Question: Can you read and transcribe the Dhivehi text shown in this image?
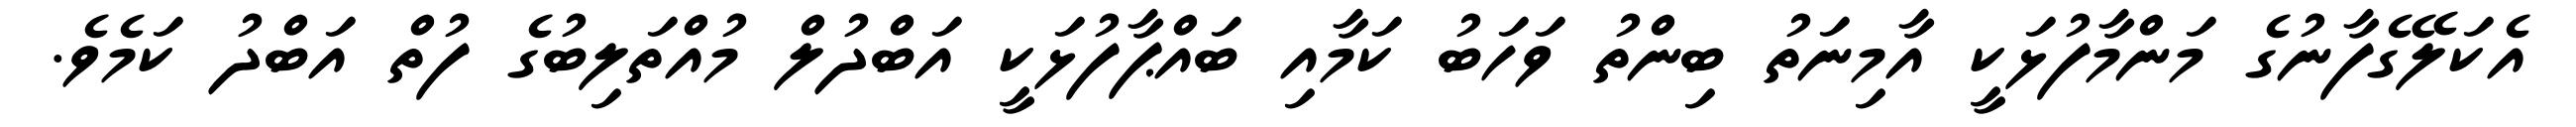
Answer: އެކަލޭގެފާނުގެ މަންމާފުޅަކީ އާމިނަތު ބިންތު ވަހަބު ކަމާއި ބައްޕާފުޅަކީ އަބްދުލް މުއްތަލިބުގެ ފުތް އަބްދު ކަމެވެ.